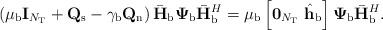
LaTeX: \begin{align*}\left(\mu_{\rm b}{\bf I}_{N_{\rm T}} + {\bf Q}_{\rm s} - \gamma_{\rm b}{\bf Q}_{\rm n}\right)\bar{\bf H}_{\rm b}{\boldsymbol\Psi}_{\rm b}\bar{\bf H}_{\rm b}^H = \mu_{\rm b}\left[{\bf 0}_{N_{\rm T}} \,\, \hat{\bf h}_{\rm b}\right]{\boldsymbol\Psi}_{\rm b}\bar{\bf H}_{\rm b}^H.\end{align*}